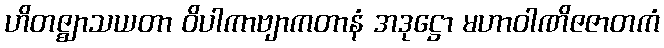
ဟိတဇ္ဈာသယတာ ဝိပါကာဗျာကတာနံ အဒုဋ္ဌော မဟာဝါဏိဇဇာတကံ